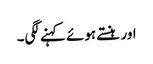
اور ہنستے ہوئے کہنے لگی۔